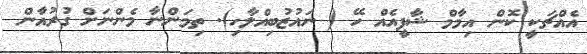
އެއްޗަކީ ކޮން އިމާމް ޝާފީއެއް ހޭ ( ނައުޒުބިއްލާހި). ތިމަންނާ މެންނަށް ގުރުއާން